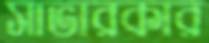
সাভারকার